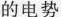
的电势